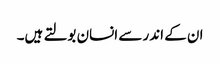
ان کے اندر سے انسان بولتے ہیں۔